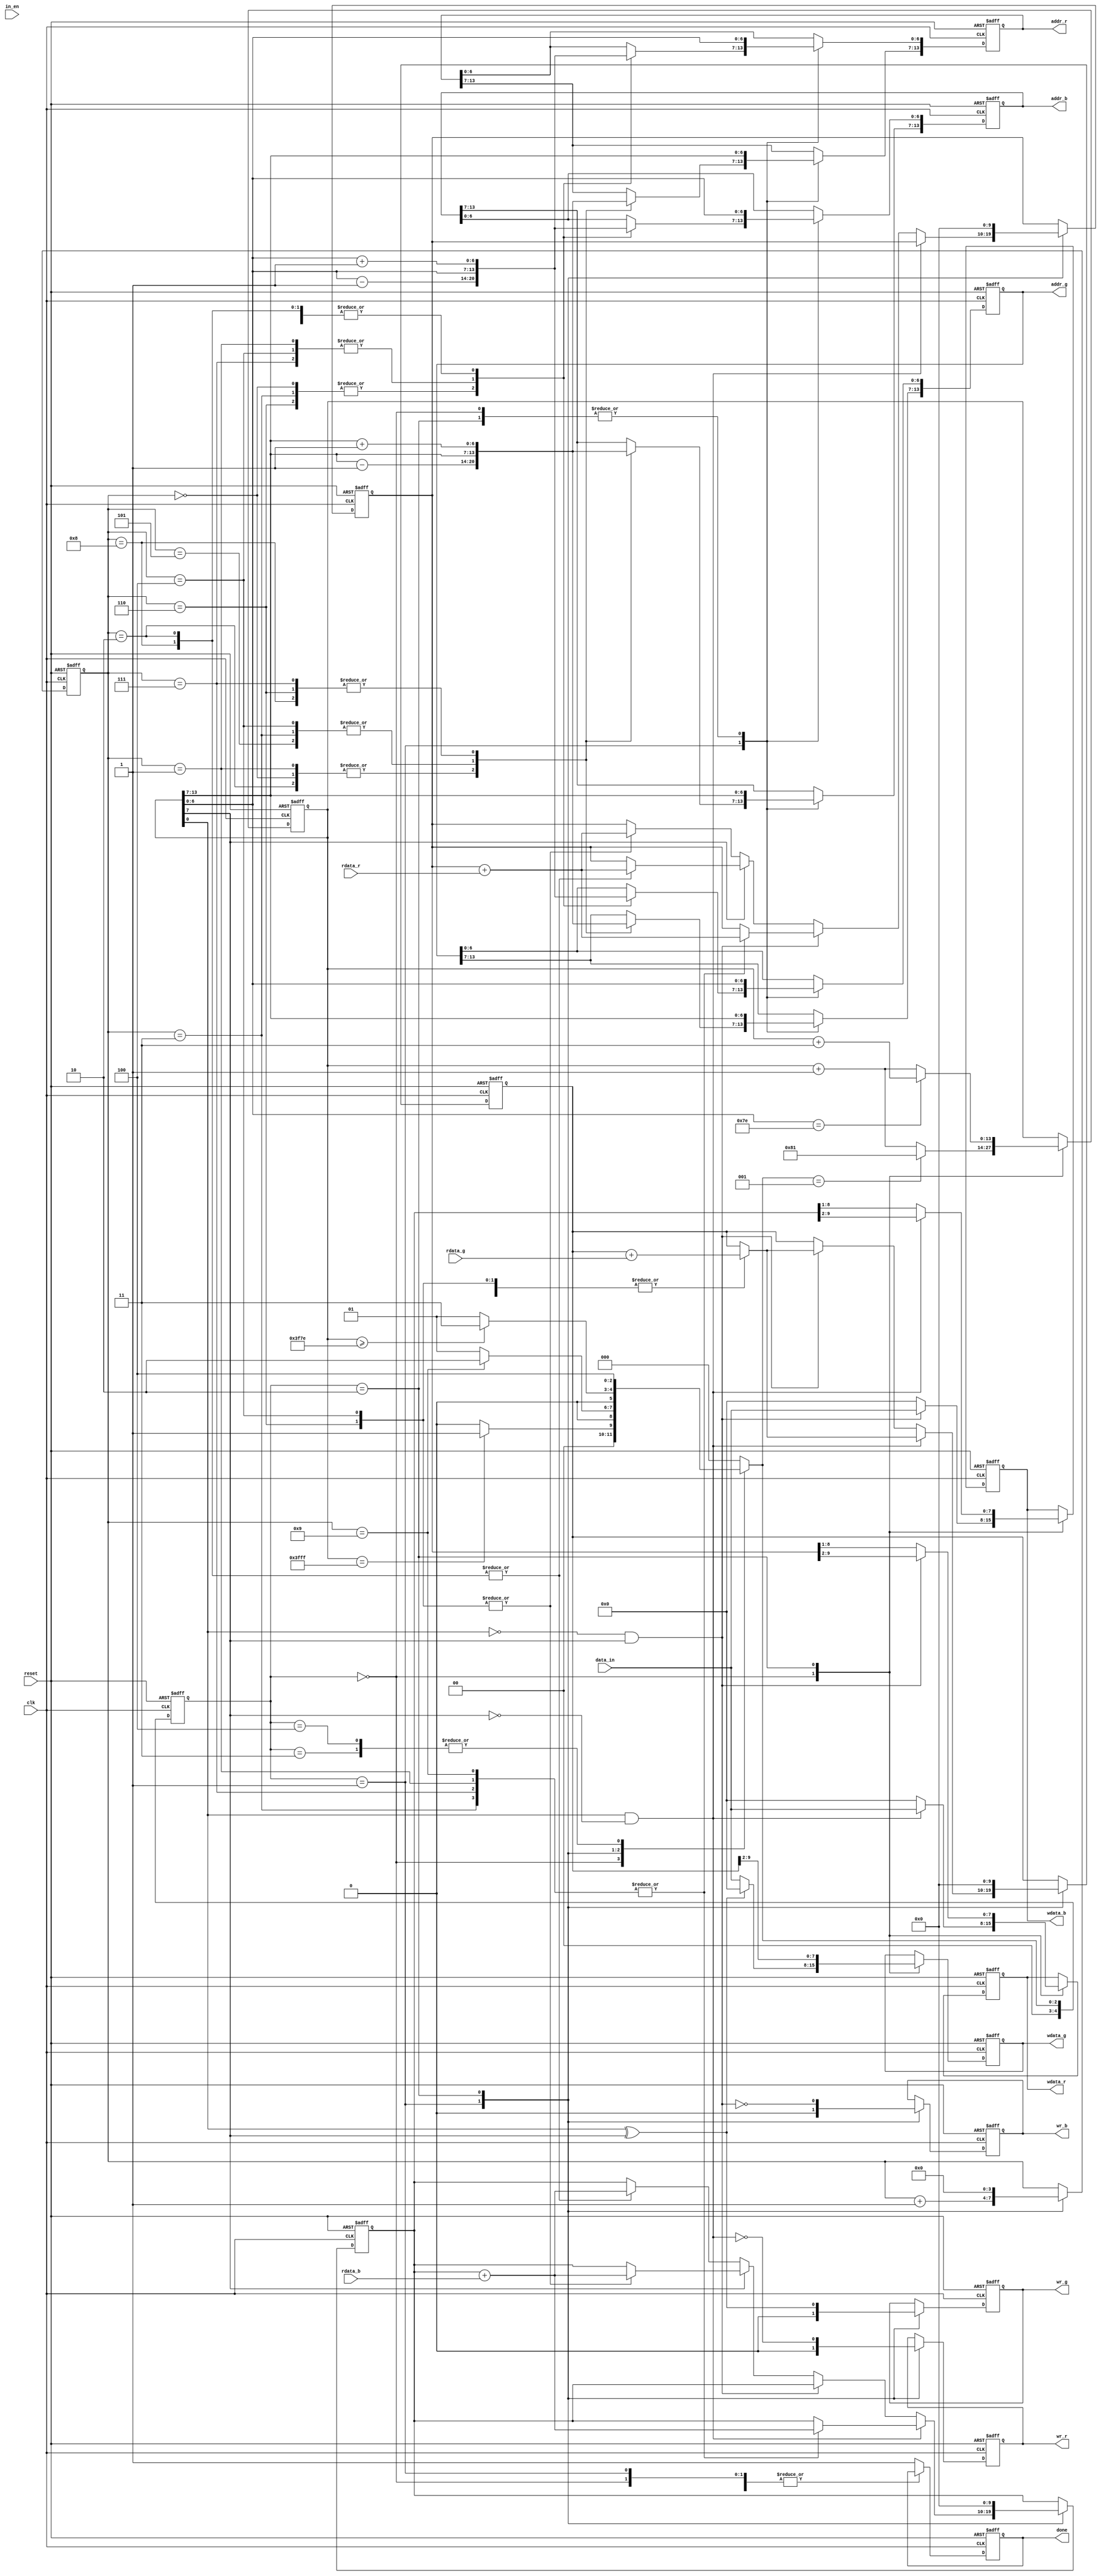
module demosaic(clk, reset, in_en, data_in, wr_r, addr_r, wdata_r, rdata_r, wr_g, addr_g, wdata_g, rdata_g, wr_b, addr_b, wdata_b, rdata_b, done);
input clk;
input reset;

input in_en;
input [7:0] data_in;

output reg wr_r;
output reg [13:0] addr_r;
output reg [7:0] wdata_r;
input [7:0] rdata_r;

output reg wr_g;
output reg [13:0] addr_g;
output reg [7:0] wdata_g;
input [7:0] rdata_g;

output reg wr_b;
output reg [13:0] addr_b;
output reg [7:0] wdata_b;
input [7:0] rdata_b;

output reg done;

integer i;
parameter A=5'd0,B=5'd1,C=5'd2,D=5'd3,E=5'd4,F=5'd5,G=5'd6,H=5'd7,I=5'd8;
reg [4:0] state,next_state;

reg [13:0] center; // Coordinate (row, column) = (center[13:7], center[6:0])
reg [3:0] counter;

reg [9:0] sum_r;
reg [9:0] sum_g;
reg [9:0] sum_b;

always@(posedge clk,posedge reset)
	if(reset) state <= A;
	else state <= next_state;

always@(*)
    case(state)
        A:next_state = (center == 14'd16383)? B : A;
        B:next_state = (counter == 4'd9)? C : B;
        C:next_state = (center >= 14'd16254)? D : B;
        D:next_state = E;
        E:next_state = E;
        default:next_state = A;
    endcase

always @(posedge clk,posedge reset)
	if(reset)begin
        wr_r <= 1'd1;
        wr_g <= 1'd1;
        wr_b <= 1'd1;
        addr_r <= 14'd0;
        addr_g <= 14'd0;
        addr_b <= 14'd0;
        wdata_r <= 8'd0;
        wdata_g <= 8'd0;
        wdata_b <= 8'd0;
        done <= 1'd0;

        center <= 14'd0;
        counter <= 4'd0;
        
        sum_r <= 10'd0;
        sum_g <= 10'd0;
        sum_b <= 10'd0;
	end
	else
		case (state)
            A:begin
                wdata_r <= center[0]&~center[7]   ? data_in : 8'd0;//red
                wdata_g <= ~(center[0]^center[7]) ? data_in : 8'd0;//green
                wdata_b <= ~center[0]&center[7]   ? data_in : 8'd0;//blue

                addr_r <= center;
                addr_g <= center;
                addr_b <= center;

                if(next_state == B)begin
                    center <= 14'b00000010000001;
                end
                else begin
                    center <= center + 1'd1;
                end
            end
            B:begin
                wr_r <= 1'd0;
                wr_g <= 1'd0;
                wr_b <= 1'd0;

                if(center[0]&~center[7])begin
                    //red
                    case (counter)
                        1,3,7,9: sum_b <= sum_b + rdata_b;
                        2,4,6,8: sum_g <= sum_g + rdata_g;
                        default: sum_r <= sum_r;
                    endcase
                end
                else if(~center[0]&center[7])begin
                    //blue
                    case (counter)
                        1,3,7,9: sum_r <= sum_r + rdata_r;
                        2,4,6,8: sum_g <= sum_g + rdata_g;
                        default: sum_b <= sum_b;
                    endcase
                end
                else if(~center[7])begin
                    //green
                    case (counter)
                        2,8: sum_b <= sum_b + rdata_b;
                        4,6: sum_r <= sum_r + rdata_r;
                        default: sum_g <= sum_g;
                    endcase
                end
                else begin
                    //green
                    case (counter)
                        2,8: sum_r <= sum_r + rdata_r;
                        4,6: sum_b <= sum_b + rdata_b;
                        default: sum_g <= sum_g;
                    endcase
                end

                counter <= counter + 1'd1;

                case (counter) // -> for y axis	(row)
					0,1,2: begin
                        addr_r[13:7] <= center[13:7] - 7'd1;
                        addr_g[13:7] <= center[13:7] - 7'd1;
                        addr_b[13:7] <= center[13:7] - 7'd1;
                    end
					3,4,5: begin
                        addr_r[13:7] <= center[13:7];
                        addr_g[13:7] <= center[13:7];
                        addr_b[13:7] <= center[13:7];
                    end
					6,7,8: begin
                        addr_r[13:7] <= center[13:7] + 7'd1;
                        addr_g[13:7] <= center[13:7] + 7'd1;
                        addr_b[13:7] <= center[13:7] + 7'd1;
                    end
				endcase

				case (counter) // -> for x axis	(column)									
					0,3,6: begin
                        addr_r[6:0] <= center[6:0] - 7'd1;
                        addr_g[6:0] <= center[6:0] - 7'd1;
                        addr_b[6:0] <= center[6:0] - 7'd1;
                    end
					1,4,7: begin
                        addr_r[6:0] <= center[6:0];
                        addr_g[6:0] <= center[6:0];
                        addr_b[6:0] <= center[6:0];
                    end
					2,5,8: begin
                        addr_r[6:0] <= center[6:0] + 7'd1;
                        addr_g[6:0] <= center[6:0] + 7'd1;
                        addr_b[6:0] <= center[6:0] + 7'd1;
                    end
				endcase
            end
            C:begin
                wr_r <= ~(center[0]&~center[7]);
                addr_r <= center;
                wdata_r <= ~center[0]&center[7] ? sum_r>>2 : sum_r>>1;

                wr_g <= center[0]^center[7];
                addr_g <= center;
                wdata_g <= sum_g>>2;

                wr_b <= ~(~center[0]&center[7]);
                addr_b <= center;
                wdata_b <= center[0]&~center[7] ? sum_b>>2 : sum_b>>1;

                if(center[6:0]==7'd126)center <= center + 3'd3;
                else center <= center + 1'd1;

                counter <= 0;
                sum_r <= 0;
                sum_g <= 0;
                sum_b <= 0;
            end
            default:begin
                done <= 1'd1;
            end
        endcase

endmodule